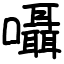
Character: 囁